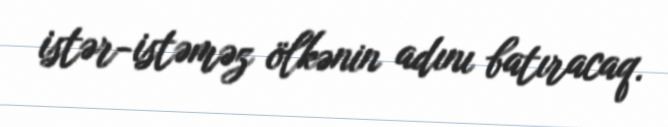
istər-istəməz ölkənin adını batıracaq.